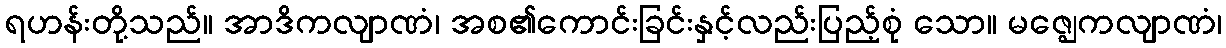
ရဟန်းတို့သည်။ အာဒိကလျာဏံ၊ အစ၏ကောင်းခြင်းနှင့်လည်းပြည့်စုံ သော။ မဇ္ဈေကလျာဏံ၊